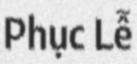
Phục Lễ